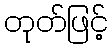
တုတ်ဖြင့်